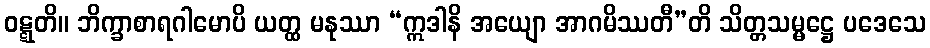
ဝဋ္ဋတိ။ ဘိက္ခာစာရဂါမောပိ ယတ္ထ မနုဿာ “ဣဒါနိ အယျော အာဂမိဿတီ”တိ သိတ္တသမ္မဋ္ဌေ ပဒေသေ